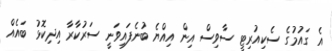
އެ ގައުމުގެ ސެކިއުރިޓީ ސާވިސް އިން އިއްޔެ ބުނެފައިވަނީ ސަރުކާރާ އިދިކޮޅު ބައެއް